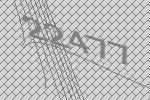
22477